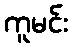
ကူမင်း